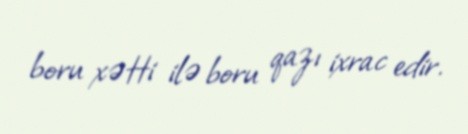
boru xətti ilə boru qazı ixrac edir.